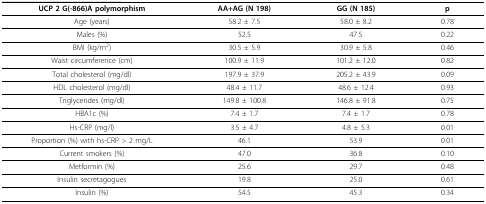
| UCP 2 G(-866)A polymorphism | AA+AG (N 198) | GG (N 185) | p |
 | --- | --- | --- | --- |
 | Age (years) | 58.2 ± 7.5 | 58.0 ± 8.2 | 0.78 |
 | Males (%) | 52.5 | 47.5 | 0.22 |
 | BMI (kg/m2) | 30.5 ± 5.9 | 30.9 ± 5.8 | 0.46 |
 | Waist circumference (cm) | 100.9 ± 11.9 | 101.2 ± 12.0 | 0.82 |
 | Total cholesterol (mg/dl) | 197.9 ± 37.9 | 205.2 ± 43.9 | 0.09 |
 | HDL cholesterol (mg/dl) | 48.4 ± 11.7 | 48.6 ± 12.4 | 0.93 |
 | Triglycerides (mg/dl) | 149.8 ± 100.8 | 146.8 ± 91.8 | 0.75 |
 | HBA1c (%) | 7.4 ± 1.7 | 7.4 ± 1.7 | 0.78 |
 | Hs-CRP (mg/l) | 3.5 ± 4.7 | 4.8 ± 5.3 | 0.01 |
 | Proportion (%) with hs-CRP > 2 mg/L | 46.1 | 53.9 | 0.01 |
 | Current smokers (%) | 47.0 | 36.8 | 0.10 |
 | Metformin (%) | 25.6 | 29.7 | 0.48 |
 | Insulin secretagogues | 19.8 | 25.0 | 0.61 |
 | Insulin (%) | 54.5 | 45.3 | 0.34 |